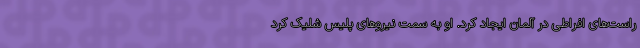
راست‌های افراطی در آلمان ایجاد کرد. او به سمت نیروهای پلیس شلیک کرد